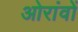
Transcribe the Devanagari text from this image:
ओरांवों